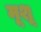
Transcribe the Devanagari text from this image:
मूशू